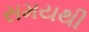
સમયથી